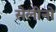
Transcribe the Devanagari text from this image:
सेलीनो